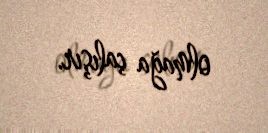
olmağa çalışır.